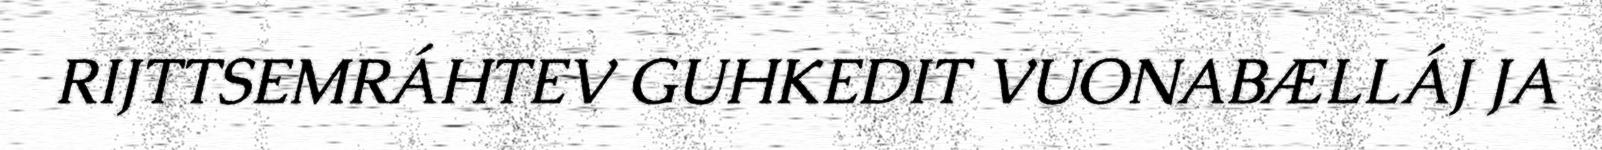
RIJTTSEMRÁHTEV GUHKEDIT VUONABÆLLÁJ JA